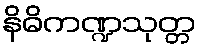
နိဓိကဏ္ဍသုတ္တ